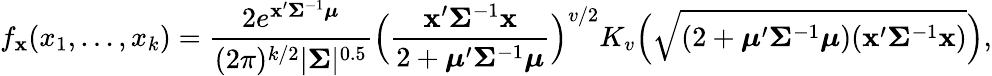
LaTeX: f_{\mathbf{x}}(x_{1},\ldots,x_{k})={\frac{2e^{\mathbf{x}^{\prime}{\boldsymbol{\Sigma}}^{-1}{\boldsymbol{\mu}}}}{(2\pi)^{k/2}|{\boldsymbol{\Sigma}}|^{0.5}}}{\Big(}{\frac{\mathbf{x}^{\prime}{\boldsymbol{\Sigma}}^{-1}\mathbf{x}}{2+{\boldsymbol{\mu}}^{\prime}{\boldsymbol{\Sigma}}^{-1}{\boldsymbol{\mu}}}}{\Big)}^{v/2}K_{v}{\Big(}{\sqrt{(2+{\boldsymbol{\mu}}^{\prime}{\boldsymbol{\Sigma}}^{-1}{\boldsymbol{\mu}})(\mathbf{x}^{\prime}{\boldsymbol{\Sigma}}^{-1}\mathbf{x})}}{\Big)},